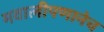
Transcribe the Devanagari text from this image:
मवालीपणानेच